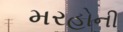
મરહોની